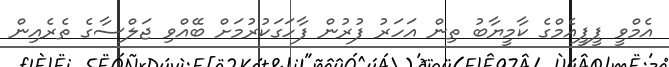
އެމްވީ ޕީޕީއެމްގެ ކާމީޔާބު ތިން އަހަރު ފުރުން ފާހަގަކުރުމަށް ބޭއްވި ޖަލްސާގެ ތެރެއިން